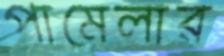
পামেলার